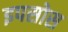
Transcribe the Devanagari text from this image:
इपसोस